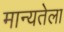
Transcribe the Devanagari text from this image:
मान्यतेला